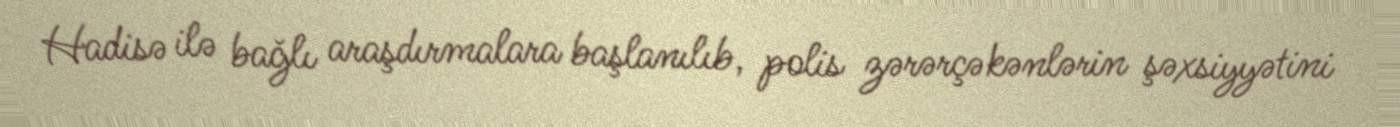
Hadisə ilə bağlı araşdırmalara başlanılıb, polis zərərçəkənlərin şəxsiyyətini